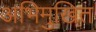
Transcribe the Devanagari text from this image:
अभिमुखित